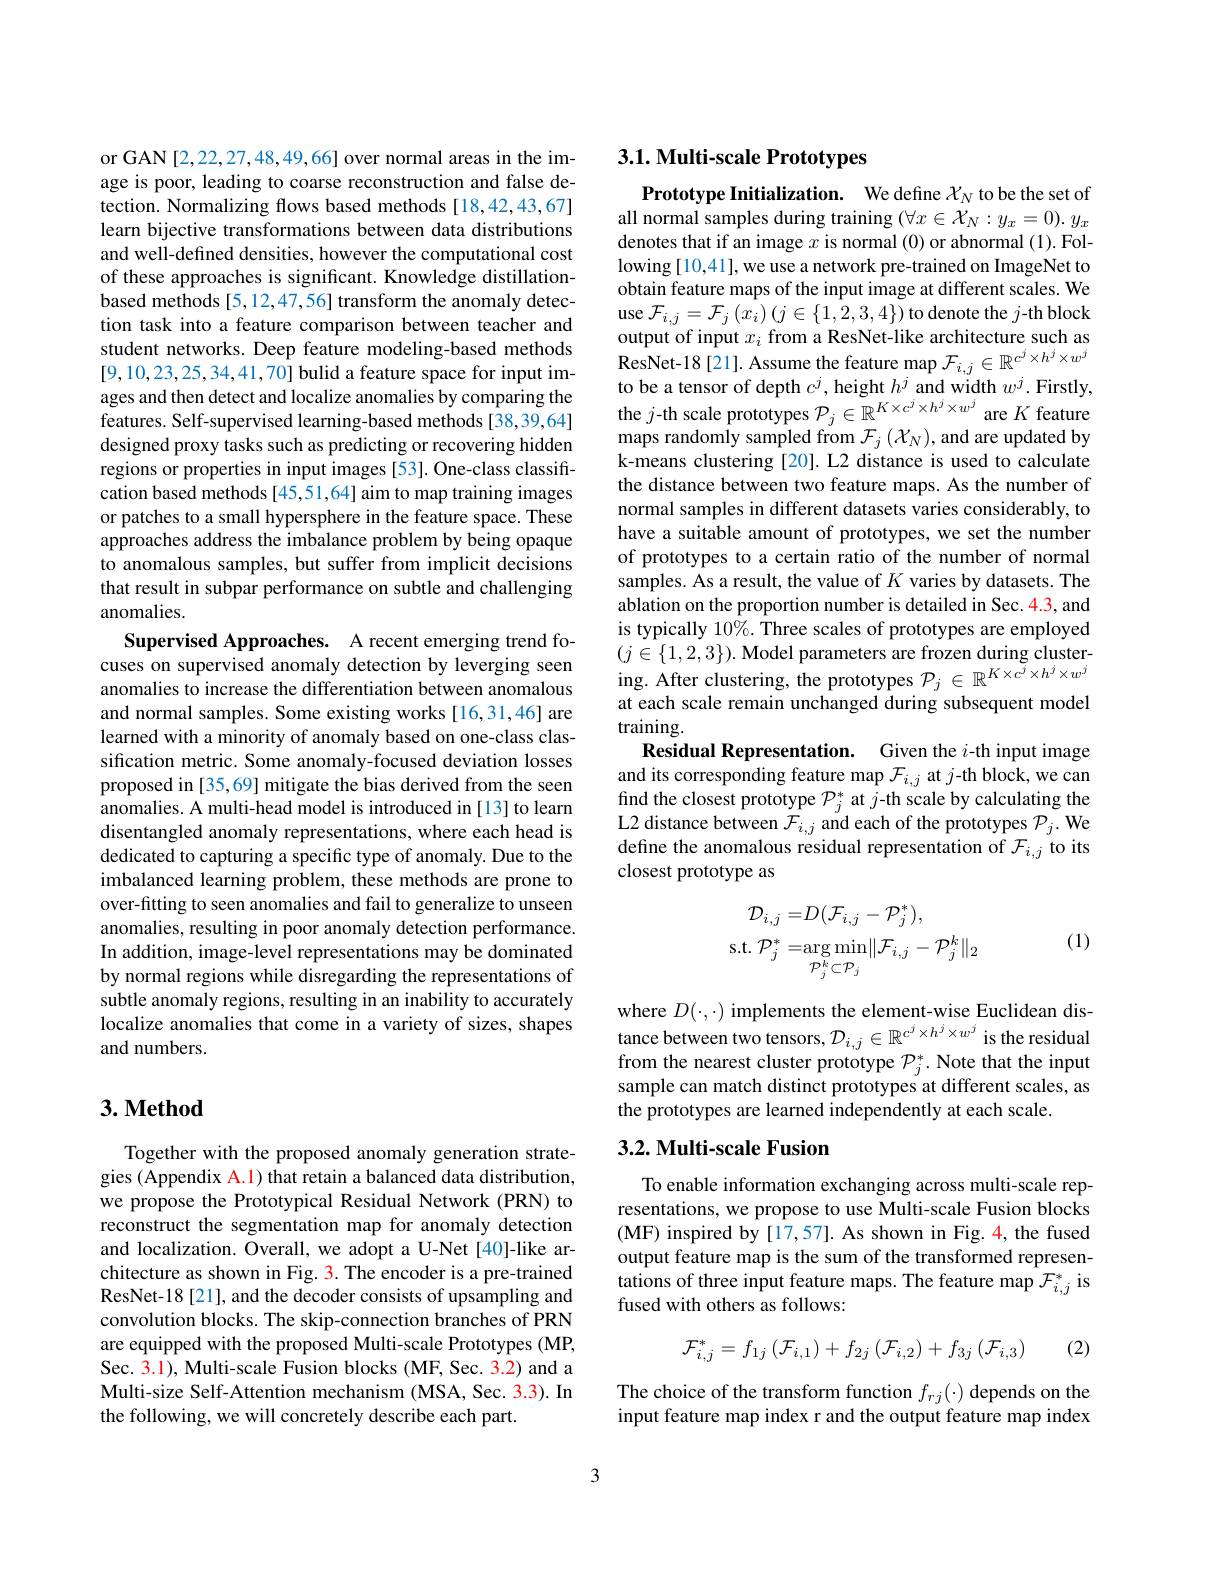
or GAN [2,22,27,48,49,66] over normal areas in the image is poor, leading to coarse reconstruction and false detection. Normalizing flows based methods [18,42,43,67] learn bijective transformations between data distributions and well-defined densities, however the computational cost of these approaches is significant. Knowledge distillationbased methods [5,12,47,56] transform the anomaly detection task into a feature comparison between teacher and student networks. Deep feature modeling-based methods [9,10,23,25,34,41,70] bulid a feature space for input images and then detect and localize anomalies by comparing the features. Self-supervised learning-based methods [38,39,64] designed proxy tasks such as predicting or recovering hidden regions or properties in input images [53]. One-class classification based methods [45,51,64] aim to map training images or patches to a small hypersphere in the feature space. These approaches address the imbalance problem by being opaque to anomalous samples, but suffer from implicit decisions that result in subpar performance on subtle and challenging anomalies.
Supervised Approaches. A recent emerging trend focuses on supervised anomaly detection by leverging seen anomalies to increase the differentiation between anomalous and normal samples. Some existing works [16,31,46] are learned with a minority of anomaly based on one-class classification metric. Some anomaly-focused deviation losses proposed in[35,69] mitigate the bias derived from the seen anomalies. A multi-head model is introduced in [13] to learn disentangled anomaly representations, where each head is dedicated to capturing a specific type of anomaly. Due to the imbalanced learning problem, these methods are prone to over-fitting to seen anomalies and fail to generalize to unseen anomalies, resulting in poor anomaly detection performance. In addition, image-level representations may be dominated by normal regions while disregarding the representations of subtle anomaly regions, resulting in an inability to accurately localize anomalies that come in a variety of sizes, shapes and numbers

## $3. \textbf{Method}$

Together with the proposed anomaly generation strategies (Appendix A.1) that retain a balanced data distribution, we propose the Prototypical Residual Network (PRN) to reconstruct the segmentation map for anomaly detection and localization. Overall, we adopt a U-Net[40]-like architecture as shown in Fig. 3. The encoder is a pre-trained ResNet-18[21], and the decoder consists of upsampling and convolution blocks. The skip-connection branches of PRN are equipped with the proposed Multi-scale Prototypes (MP, Sec. 3.1), Multi-scale Fusion blocks (MF, Sec. 3.2) and a Multi-size Self-Attention mechanism (MSA, Sec. 3.3). In the following, we will concretely describe each part.

## 3.1. Multi-scale Prototypes

Prototype Initialization. We define $\mathcal{X}_N$ to be the set of all normal samples during training $(\forall x\in\mathcal{X}_N:y_x=0).y_x$ denotes that if an image $x$ is normal (0) or abnormal (1). Following [10,41], we use a network pre-trained on ImageNet to obtain feature maps of the input image at different scales. We use $\mathcal{F}_{i,j}=\mathcal{F}_{j}\left(x_{i}\right)\left(j\in\{1,2,3,4\}\right)$to denote the $j$-th block output of input $x_i$ from a ResNet-like architecture such as ResNet- 18 [ 21] . Assume the feature map $\mathcal{F} _{i, j}\in \mathbb{R} ^{c^{j}\times h^{j}\times w^{j}}$ to be a tensor of depth $c^j$, height $h^j$ and width $w^j.$ Firstly, the $j$-th scale prototypes $\mathcal{P}_j\in\mathbb{R}^K\times c^j\times h^j\times w^j$ are $K$ feature maps randomly sampled from $\mathcal{F}_j\left(\mathcal{X}_N\right)$,and are updated by k-means clustering [20]. L2 distance is used to calculate the distance between two feature maps. As the number of normal samples in different datasets varies considerably, to have a suitable amount of prototypes, we set the number of prototypes to a certain ratio of the number of normal samples. As a result, the value of $K$ varies by datasets. The ablation on the proportion number is detailed in Sec. 4.3, and is typically $10\%.$ Three scales of prototypes are employed $(j\in\{1,2,3\}).$ Model parameters are frozen during clustering. After clustering, the prototypes $\mathcal{P}_j\in\mathbb{R}^K\times{\tilde{c}^j\times h^j\times w^j}$ at each scale remain unchanged during subsequent model training.
Residual Representation. Given the $i$-th input image and its corresponding feature map $\mathcal{F}_i,j$ at $j$-th block, we can find the closest prototype $\mathcal{P}_j^*$ at $j$-th scale by calculating the L2 distance between $\mathcal{F}_{i,j}$ and each of the prototypes $\mathcal{P}_j.$ We define the anomalous residual representation of $\mathcal{F}_i,j$ to its closest prototype as
$$\begin{aligned}\mathcal{D}_{i,j}=&D(\mathcal{F}_{i,j}-\mathcal{P}_{j}^{*}),\\\mathrm{s.t.}\mathcal{P}_{j}^{*}=&\arg\min_{\mathcal{P}_{j}^{k}\subset\mathcal{P}_{j}}\lVert\mathcal{F}_{i,j}-\mathcal{P}_{j}^{k}\rVert_{2}\end{aligned}$$
(1)

where $D( \cdot , \cdot )$ implements the element- wise Euclidean dis- tance between two tensors, $\mathcal{D} _{i, j}\in \mathbb{R} ^{c^j\times h^j\times w^j}$ is the residual from the nearest cluster prototype $\mathcal{P}_j^*.$ Note that the input sample can match distinct prototypes at different scales, as the prototypes are learned independently at each scale.

# 3.2. Multi-scale Fusion

To enable information exchanging across multi-scale representations, we propose to use Multi-scale Fusion blocks (MF) inspired by [17,57]. As shown in Fig. 4, the fused output feature map is the sum of the transformed representations of three input feature maps. The feature map $\mathcal{F}_i,j^*$ is fused with others as follows:

(2)
$$\mathcal{F}_{i,j}^{*}=f_{1j}\left(\mathcal{F}_{i,1}\right)+f_{2j}\left(\mathcal{F}_{i,2}\right)+f_{3j}\left(\mathcal{F}_{i,3}\right)$$
The choice of the transform function $f_{rj}(\cdot)$ depends on the input feature map index r and the output feature map index

3